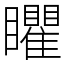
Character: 䂂